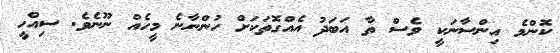
ކޮންމެ އިންސާނަކީ ވެސް ތާ އަބަދު އެއްގޮތަކަށް ހުންނާނެ މީހެއް ނޫނެވެ. ސިއްހީ